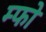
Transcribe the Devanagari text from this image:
म्फो